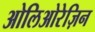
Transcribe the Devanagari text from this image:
ओलिओरेज़िन